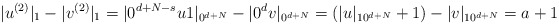
\begin{align*}|u^{(2)}|_1 - |v^{(2)}|_1 = |0^{d+N-s}u1|_{0^{d+N}} - |0^dv|_{0^{d+N}} = (|u|_{10^{d+N}}+1) - |v|_{10^{d+N}}=a+1\end{align*}